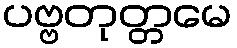
ပဗ္ဗတုတ္တမေ